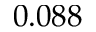
0 . 0 8 8